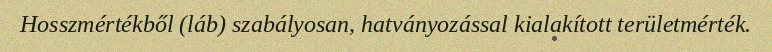
Hosszmértékből (láb) szabályosan, hatványozással kialakított területmérték.